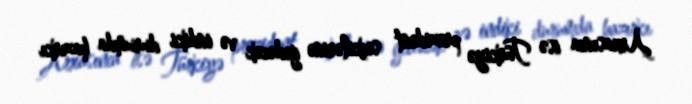
Arxasınca isə Türkiyə prezident seçkilərinə gedəcək və indiki durumda hazırkı